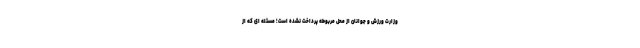
وزارت ورزش و جوانان از محل مربوطه پرداخت نشده است؛ مسئله ای که از